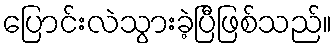
ပြောင်းလဲသွားခဲ့ပြီဖြစ်သည်။